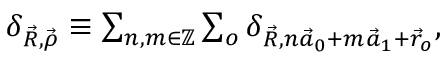
\begin{array} { r } { \delta _ { \vec { R } , \vec { \rho } } \equiv \sum _ { n , m \in \mathbb { Z } } \sum _ { o } \delta _ { \vec { R } , n \vec { a } _ { 0 } + m \vec { a } _ { 1 } + \vec { r } _ { o } } , } \end{array}